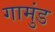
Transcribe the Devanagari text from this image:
गामुंड